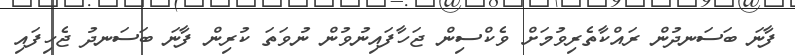
ފާނަ ބަސަނދުން ރައްކާތެރިވުމަށް ވެކްސިން ޖަހާފައިނުވުން ނުވަތަ ކުރިން ފާނަ ބަސަނދު ޖެހިފައި